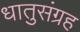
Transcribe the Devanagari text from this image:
धातुसंग्रह